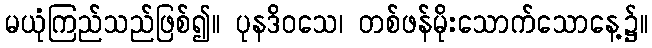
မယုံကြည်သည်ဖြစ်၍။ ပုနဒိဝသေ၊ တစ်ဖန်မိုးသောက်သောနေ့၌။